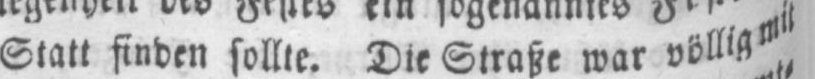
Statt finden sollte. Die Straße war völlig mit